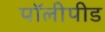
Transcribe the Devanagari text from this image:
पॉलीपीड